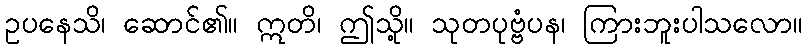
ဥပနေသိ၊ ဆောင်၏။ ဣတိ၊ ဤသို့။ သုတပုဗ္ဗံပန၊ ကြားဘူးပါသလော။